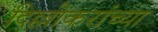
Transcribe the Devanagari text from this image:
दिल्लीकरांच्या